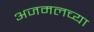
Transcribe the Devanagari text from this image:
अजमलच्या